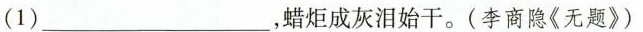
(1)___，蜡炬成灰泪始干。(李商隐《无题》)